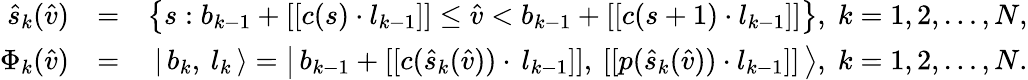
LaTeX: \begin{array}{rlr}{\hat{s}_{k}(\hat{v})}&{=}&{\left\{ s:b_{k-1}+[[c(s)\cdot l_{k-1}]]\le\hat{v}<b_{k-1}+[[c(s+1)\cdot l_{k-1}]]\right\} ,\; k=1,2,\ldots,N,}\\ {\Phi_{k}(\hat{v})}&{=}&{\left|\, {b_{k},\: l_{k}}\, \right\rangle=\left|\, {b_{k-1}+[[c(\hat{s}_{k}(\hat{v}))\cdot\, l_{k-1}]],\: [[p(\hat{s}_{k}(\hat{v}))\cdot l_{k-1}]]}\, \right\rangle,\; k=1,2,\ldots,N.}\end{array}